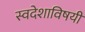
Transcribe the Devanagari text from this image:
स्वदेशाविषयी